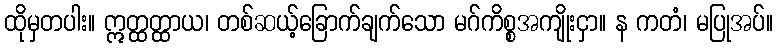
ထိုမှတပါး။ ဣတ္ထတ္ထာယ၊ တစ်ဆယ့်ခြောက်ချက်သော မဂ်ကိစ္စအကျိုးငှာ။ န ကတံ၊ မပြုအပ်။